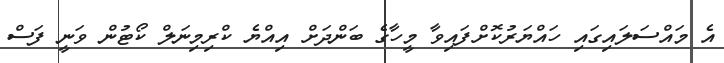
އެ މައްސަލައިގައި ހައްޔަރުކޮށްފައިވާ މީހާގެ ބަންދަށް އިއްޔެ ކްރިމިނަލް ކޯޓުން ވަނީ ފަސް